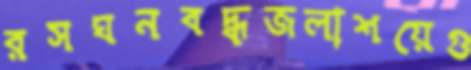
রসঘনবদ্ধজলাশয়েগু